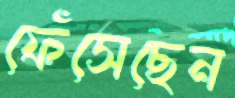
ফেঁসেছেন